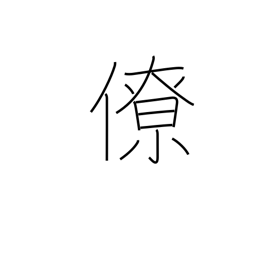
Meaning: colleague